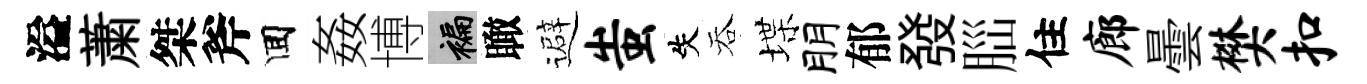
溢䔥桀斧囬姦博褊瞰避蚩失吞堞朋郁發𦛁住廊曇樊扣